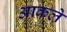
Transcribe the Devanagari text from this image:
आकले